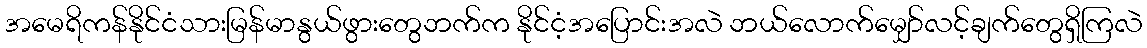
အမေရိကန်နိုင်ငံသားမြန်မာနွယ်ဖွားတွေဘက်က နိုင်ငံ့အပြောင်းအလဲ ဘယ်လောက်မျှော်လင့်ချက်တွေရှိကြလဲ